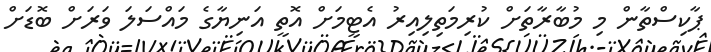
ޕާކިސްތާން މި މުބާރާތަށް ކުރިމަތިލިއިރު އެޓީމަށް އޮތީ އަނިޔާގެ މައްސަލަ ވަރަށް ބޮޑަށް